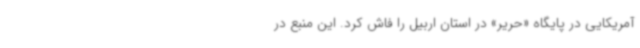
آمریکایی در پایگاه «حریر» در استان اربیل را فاش کرد. این منبع در